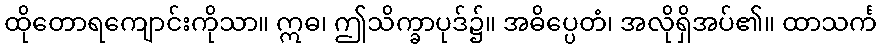
ထိုတောရကျောင်းကိုသာ။ ဣဓ၊ ဤသိက္ခာပုဒ်၌။ အဓိပ္ပေတံ၊ အလိုရှိအပ်၏။ ထာသင်္က